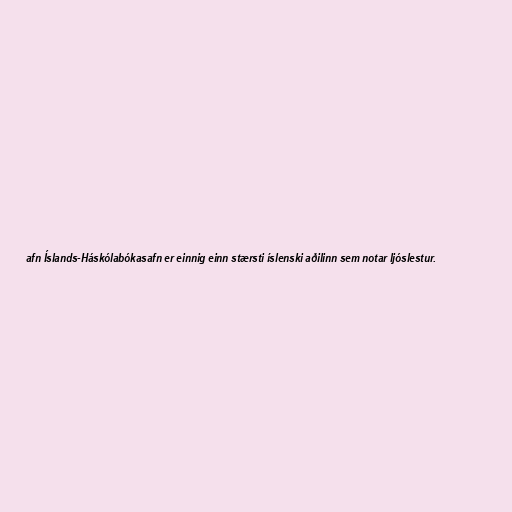
afn Íslands-Háskólabókasafn er einnig einn stærsti íslenski aðilinn sem notar ljóslestur.